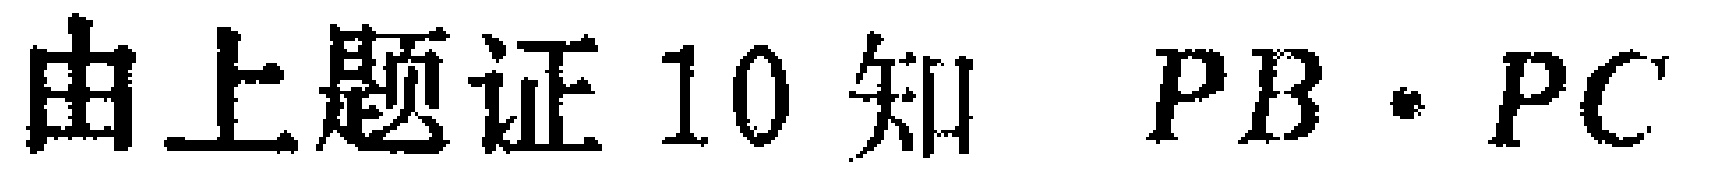
由上题证10知 \(PB\cdot PC\)